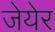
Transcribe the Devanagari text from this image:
जेयेर